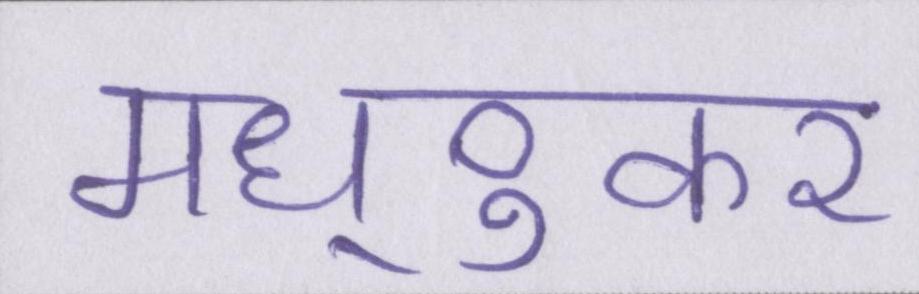
मध्ुकर